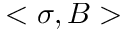
< \sigma , B >